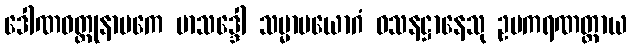
ဒေါဏဝတ္ထုနာမကေ မာသဒ္ဒေါ သမ္မာပယောဂံ ဝသနဋ္ဌာနေသု ဥပကရဏတ္ထာယ